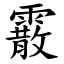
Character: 霰